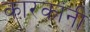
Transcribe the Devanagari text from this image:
कारकांनी